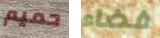
حميم فضاء